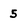
Character: 5